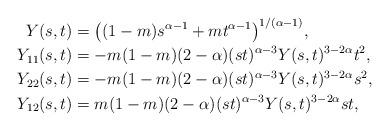
LaTeX: \begin{align*} Y(s,t) &= \big((1-m)s^{\alpha-1} + mt^{\alpha-1}\big)^{1/(\alpha-1)}, \\Y_{11}(s,t) &= -m(1-m)(2-\alpha)(st)^{\alpha-3}Y(s,t)^{3-2\alpha}t^2, \\Y_{22}(s,t) &= -m(1-m)(2-\alpha)(st)^{\alpha-3}Y(s,t)^{3-2\alpha}s^2, \\Y_{12}(s,t) &= m(1-m)(2-\alpha)(st)^{\alpha-3}Y(s,t)^{3-2\alpha}st,\end{align*}